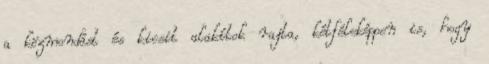
a közmondást és kicsit alakítok rajta, kétféleképpen is, hogy